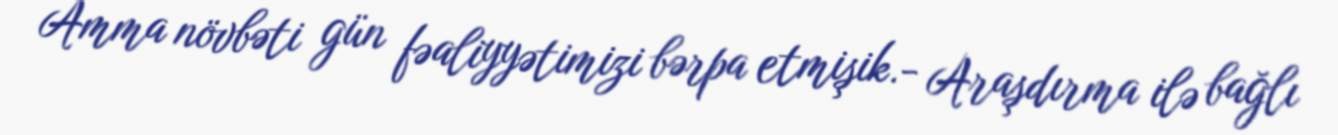
Amma növbəti gün fəaliyyətimizi bərpa etmişik.- Araşdırma ilə bağlı